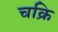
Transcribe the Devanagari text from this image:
चक्रि